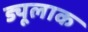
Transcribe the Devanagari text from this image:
ड्यूलाक